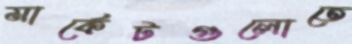
মার্কেটগুলোতে